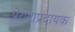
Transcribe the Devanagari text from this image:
प्रेरणाप्रदायक